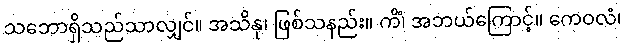
သဘောရှိသည်သာလျှင်။ အသိနု၊ ဖြစ်သနည်း။ ကိံ၊ အဘယ်ကြောင့်။ ကေဝလံ၊